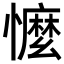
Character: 𢣗